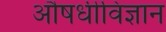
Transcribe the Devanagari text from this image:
औषधीविज्ञान